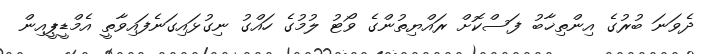
ދެވަނަ ބުރުގެ އިންތިޚާބު ފަސްކޮށް ރައްޔިތުންގެ ވޯޓު ލުމުގެ ހައްގު ނިގުޅައިގަނެފައިވާތީ އެމްޑީޕީއިން